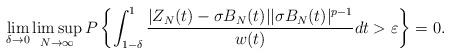
LaTeX: \begin{align*}\lim_{\delta\to 0}\limsup_{N\to\infty}P\left\{\int^{1}_{1-\delta} \frac{|Z_N(t)-\sigma B_N(t)||\sigma B_N(t)|^{p-1}}{w(t)}dt>\varepsilon\right\}=0.\end{align*}